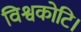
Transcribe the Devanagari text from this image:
विश्वकोटि।